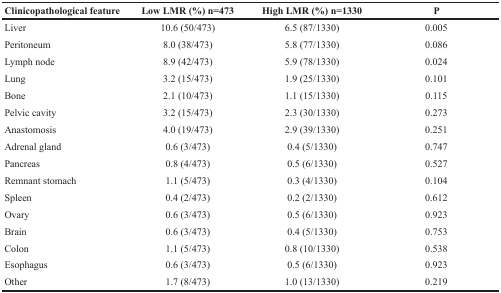
<table><thead><tr><td><b>Clinicopathological feature</b></td><td><b>Low LMR (%) n=473</b></td><td><b>High LMR (%) n=1330</b></td><td><b>P</b></td></tr></thead><tbody><tr><td>Liver</td><td>10.6 (50/473)</td><td>6.5 (87/1330)</td><td>0.005</td></tr><tr><td>Peritoneum</td><td>8.0 (38/473)</td><td>5.8 (77/1330)</td><td>0.086</td></tr><tr><td>Lymph node</td><td>8.9 (42/473)</td><td>5.9 (78/1330)</td><td>0.024</td></tr><tr><td>Lung</td><td>3.2 (15/473)</td><td>1.9 (25/1330)</td><td>0.101</td></tr><tr><td>Bone</td><td>2.1 (10/473)</td><td>1.1 (15/1330)</td><td>0.115</td></tr><tr><td>Pelvic cavity</td><td>3.2 (15/473)</td><td>2.3 (30/1330)</td><td>0.273</td></tr><tr><td>Anastomosis</td><td>4.0 (19/473)</td><td>2.9 (39/1330)</td><td>0.251</td></tr><tr><td>Adrenal gland</td><td>0.6 (3/473)</td><td>0.4 (5/1330)</td><td>0.747</td></tr><tr><td>Pancreas</td><td>0.8 (4/473)</td><td>0.5 (6/1330)</td><td>0.527</td></tr><tr><td>Remnant stomach</td><td>1.1 (5/473)</td><td>0.3 (4/1330)</td><td>0.104</td></tr><tr><td>Spleen</td><td>0.4 (2/473)</td><td>0.2 (2/1330)</td><td>0.612</td></tr><tr><td>Ovary</td><td>0.6 (3/473)</td><td>0.5 (6/1330)</td><td>0.923</td></tr><tr><td>Brain</td><td>0.6 (3/473)</td><td>0.4 (5/1330)</td><td>0.753</td></tr><tr><td>Colon</td><td>1.1 (5/473)</td><td>0.8 (10/1330)</td><td>0.538</td></tr><tr><td>Esophagus</td><td>0.6 (3/473)</td><td>0.5 (6/1330)</td><td>0.923</td></tr><tr><td>Other</td><td>1.7 (8/473)</td><td>1.0 (13/1330)</td><td>0.219</td></tr></tbody></table>